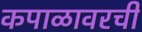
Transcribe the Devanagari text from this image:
कपाळावरची